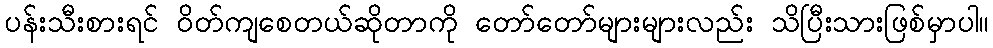
ပန်းသီးစားရင် ဝိတ်ကျစေတယ်ဆိုတာကို တော်တော်များများလည်း သိပြီးသားဖြစ်မှာပါ။